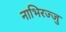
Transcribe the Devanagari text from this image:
नाभिरज्जु